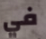
في